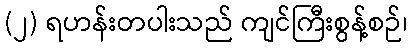
(၂) ရဟန်းတပါးသည် ကျင်ကြီးစွန့်စဉ်၊